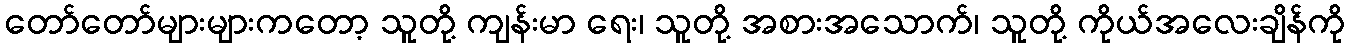
တော်တော်များများကတော့ သူတို့ ကျန်းမာ ရေး၊ သူတို့ အစားအသောက်၊ သူတို့ ကိုယ်အလေးချိန်ကို